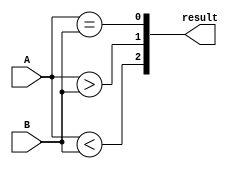
module comparator (
  input [1:0] A,
  input [1:0] B,
  output [2:0] result
);

assign result[0] = (A == B); // Check if A is equal to B
assign result[1] = (A > B); // Check if A is greater than B
assign result[2] = (A < B); // Check if A is less than B

endmodule